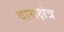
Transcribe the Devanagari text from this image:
वासक्षेत्र